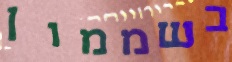
בשממון